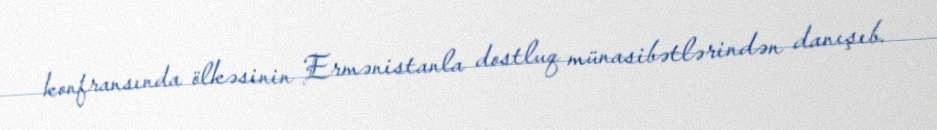
konfransında ölkəsinin Ermənistanla dostluq münasibətlərindən danışıb.